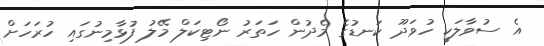
އެ ސުވާލަކީ ހުވަދޫ ކަނޑުގެ މެދުން ހަތަރު ނޯޓިކަލް މޭލު ފުޅާމިނުގައި ހުރަހަށް